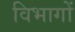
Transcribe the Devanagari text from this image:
विभागों